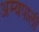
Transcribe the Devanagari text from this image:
अम्बपाली